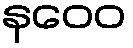
နဝေဝ